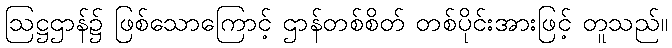
ဩဋ္ဌဌာန်၌ ဖြစ်သောကြောင့် ဌာန်တစ်စိတ် တစ်ပိုင်းအားဖြင့် တူသည်။